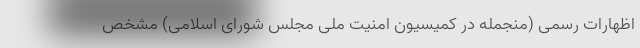
اظهارات رسمی (منجمله در کمیسیون امنیت ملی مجلس شورای اسلامی) مشخص